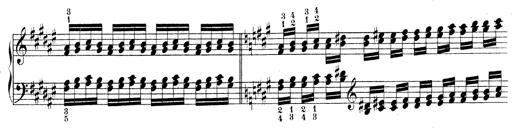
Title: Technische Studien
Composer: Franz Liszt